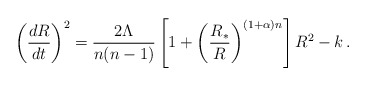
\begin{align*}\left({dR\over dt}\right)^2 = {2\Lambda\over n(n-1)}\left[1+\left({R_*\over R}\right)^{(1+\alpha)n}\right]R^2-k \,.\end{align*}